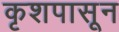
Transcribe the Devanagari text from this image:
कृशपासून